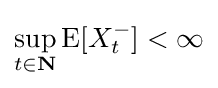
\sup _{t\in \mathbf {N} }\operatorname {E} [X_{t}^{-}]<\infty